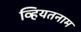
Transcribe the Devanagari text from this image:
व्हियतनाम